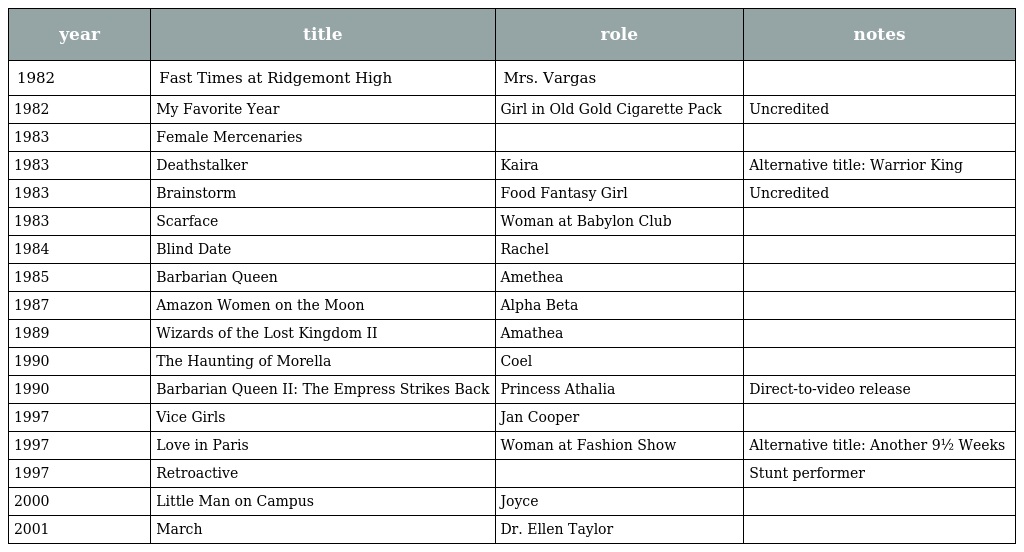
| year | title | role | notes |
 | --- | --- | --- | --- |
 | 1982 | Fast Times at Ridgemont High | Mrs. Vargas |  |
 | 1982 | My Favorite Year | Girl in Old Gold Cigarette Pack | Uncredited |
 | 1983 | Female Mercenaries |  |  |
 | 1983 | Deathstalker | Kaira | Alternative title: Warrior King |
 | 1983 | Brainstorm | Food Fantasy Girl | Uncredited |
 | 1983 | Scarface | Woman at Babylon Club |  |
 | 1984 | Blind Date | Rachel |  |
 | 1985 | Barbarian Queen | Amethea |  |
 | 1987 | Amazon Women on the Moon | Alpha Beta |  |
 | 1989 | Wizards of the Lost Kingdom II | Amathea |  |
 | 1990 | The Haunting of Morella | Coel |  |
 | 1990 | Barbarian Queen II: The Empress Strikes Back | Princess Athalia | Direct-to-video release |
 | 1997 | Vice Girls | Jan Cooper |  |
 | 1997 | Love in Paris | Woman at Fashion Show | Alternative title: Another 9½ Weeks |
 | 1997 | Retroactive |  | Stunt performer |
 | 2000 | Little Man on Campus | Joyce |  |
 | 2001 | March | Dr. Ellen Taylor |  |